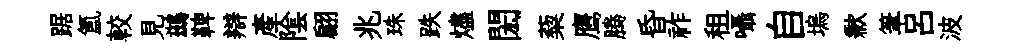
踞氳較見鷀鞞辯產隂翩兆珠跌燼閎蔾鹰腾昏祚租囁自塢歉筆吕波